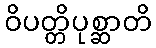
ဝိပတ္တိပုစ္ဆာတိ